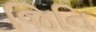
જિનિ